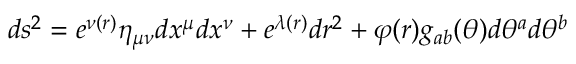
d s ^ { 2 } = e ^ { \nu ( r ) } \eta _ { \mu \nu } d x ^ { \mu } d x ^ { \nu } + e ^ { \lambda ( r ) } d r ^ { 2 } + \varphi ( r ) g _ { a b } ( \theta ) d \theta ^ { a } d \theta ^ { b }